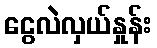
ငွေလဲလှယ်နှုန်း